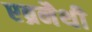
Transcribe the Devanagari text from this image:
एब्रनैथी